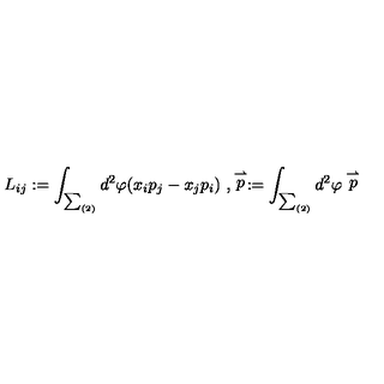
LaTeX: L _ { i j } : = \int _ { \sum _ { ( 2 ) } } d ^ { 2 } \varphi ( x _ { i } p _ { j } - x _ { j } p _ { i } ) \ , \stackrel { \rightharpoonup } { p } : = \int _ { \sum _ { ( 2 ) } } d ^ { 2 } \varphi \stackrel { \rightharpoonup } { p }